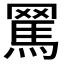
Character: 𦋻